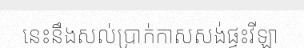
នេះនឹងសល់ប្រាក់កាសសង់ផ្ទះវីឡា